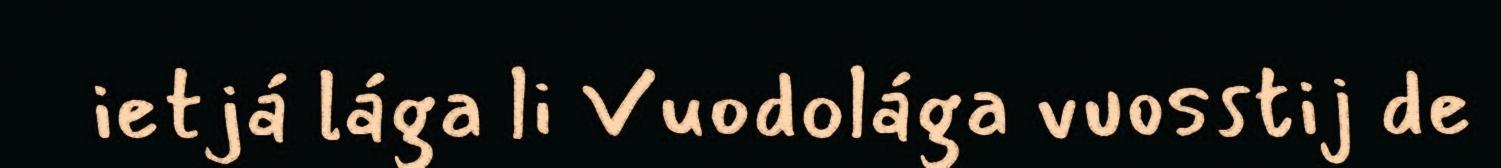
ietjá lága li Vuodolága vuosstij de